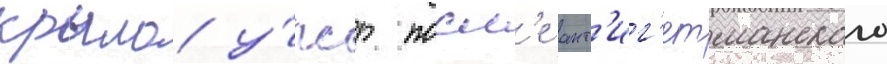
крыло у́пср посл'е ант'иг'етманского